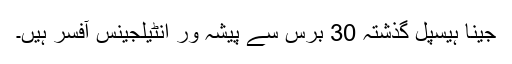
جینا ہیسپل گذشتہ 30 برس سے پیشہ ور انٹیلجینس آفسر ہیں۔